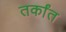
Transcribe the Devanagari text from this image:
तर्कांत